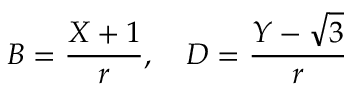
B = \frac { X + 1 } { r } , \quad D = \frac { Y - \sqrt { 3 } } { r }